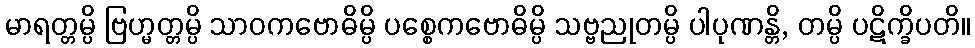
မာရတ္တမ္ပိ ဗြဟ္မတ္တမ္ပိ သာဝကဗောဓိမ္ပိ ပစ္စေကဗောဓိမ္ပိ သဗ္ဗညုတမ္ပိ ပါပုဏန္တိ, တမ္ပိ ပဋိက္ခိပတိ။